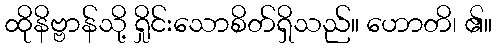
ထိုနိဗ္ဗာန်သို့ ရှိုင်းသောစိတ်ရှိသည်။ ဟောတိ၊ ၏။